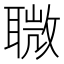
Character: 𦗈